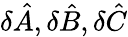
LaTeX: \delta{\hat{A}}{,}\, \delta{\hat{B}}{,}\, \delta{\hat{C}}